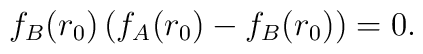
f_B(r_0) \left( f_A(r_0) - f_B(r_0) \right) = 0.